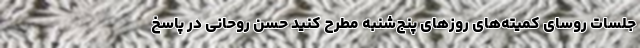
جلسات روسای کمیته‌های روزهای پنج‌شنبه مطرح کنید حسن روحانی در پاسخ